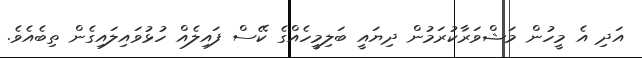
އަދި އެ މީހުން މަޝްވަރާކުރަމުން ދިޔައީ ބަލިމީހެއްގެ ކޭސް ފައިލެއް ހުޅުވައިލައިގެން ތިބެއެވެ.